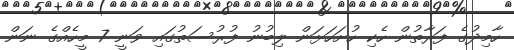
ހާމިދުގެ ފަރާތުން ހެކި ހުށަހަޅަން ލިބުނު ފުރުސަތުގައި ވަނީ 7 މީހެއްގެ ނަން